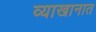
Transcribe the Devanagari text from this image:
व्याखानात